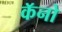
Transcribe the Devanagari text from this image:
कॅनो